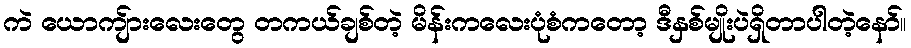
ကဲ ယောကျ်ားလေးတွေ တကယ်ချစ်တဲ့ မိန်းကလေးပုံစံကတော့ ဒီနှစ်မျိုးပဲရှိတာပါတဲ့နော်။